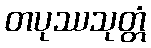
တပုဿသုတ္တံ